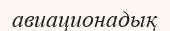
авиационадық